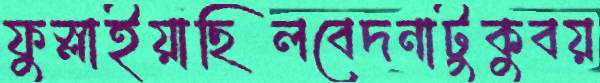
ফুস্‌লাইয়াছিলবেদনাটুকুবয়